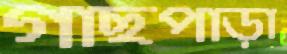
গাছপাড়া